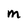
Character: M